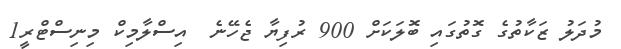
މުދަލު ޒަކާތުގެ ގޮތުގައި ބޮލަކަށް 900 ރުފިޔާ ޖެހޭނެ  އިސްލާމިކް މިނިސްޓްރީ1